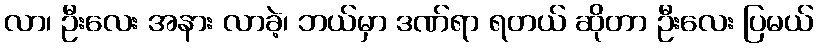
လာ၊ ဦးလေး အနား လာခဲ့၊ ဘယ်မှာ ဒဏ်ရာ ရတယ် ဆိုတာ ဦးလေး ပြမယ်